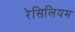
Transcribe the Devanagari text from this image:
रेसिलियम